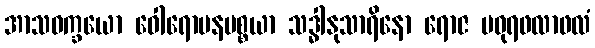
အာသဝက္ခယော ဝေါရောပနပစ္စယာ သဒ္ဓါနုသာရိနော ရောဇ မဓုရဖလာဖလံ